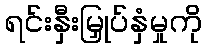
ရင်းနှီးမြှုပ်နှံမှုကို